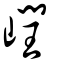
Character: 㠈